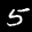
Label: 5